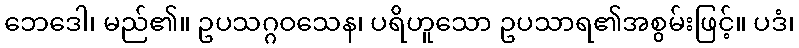
ဘေဒေါ၊ မည်၏။ ဥပသဂ္ဂဝသေန၊ ပရိဟူသော ဥပသာရ၏အစွမ်းဖြင့်။ ပဒံ၊